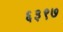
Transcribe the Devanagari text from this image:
६३९७